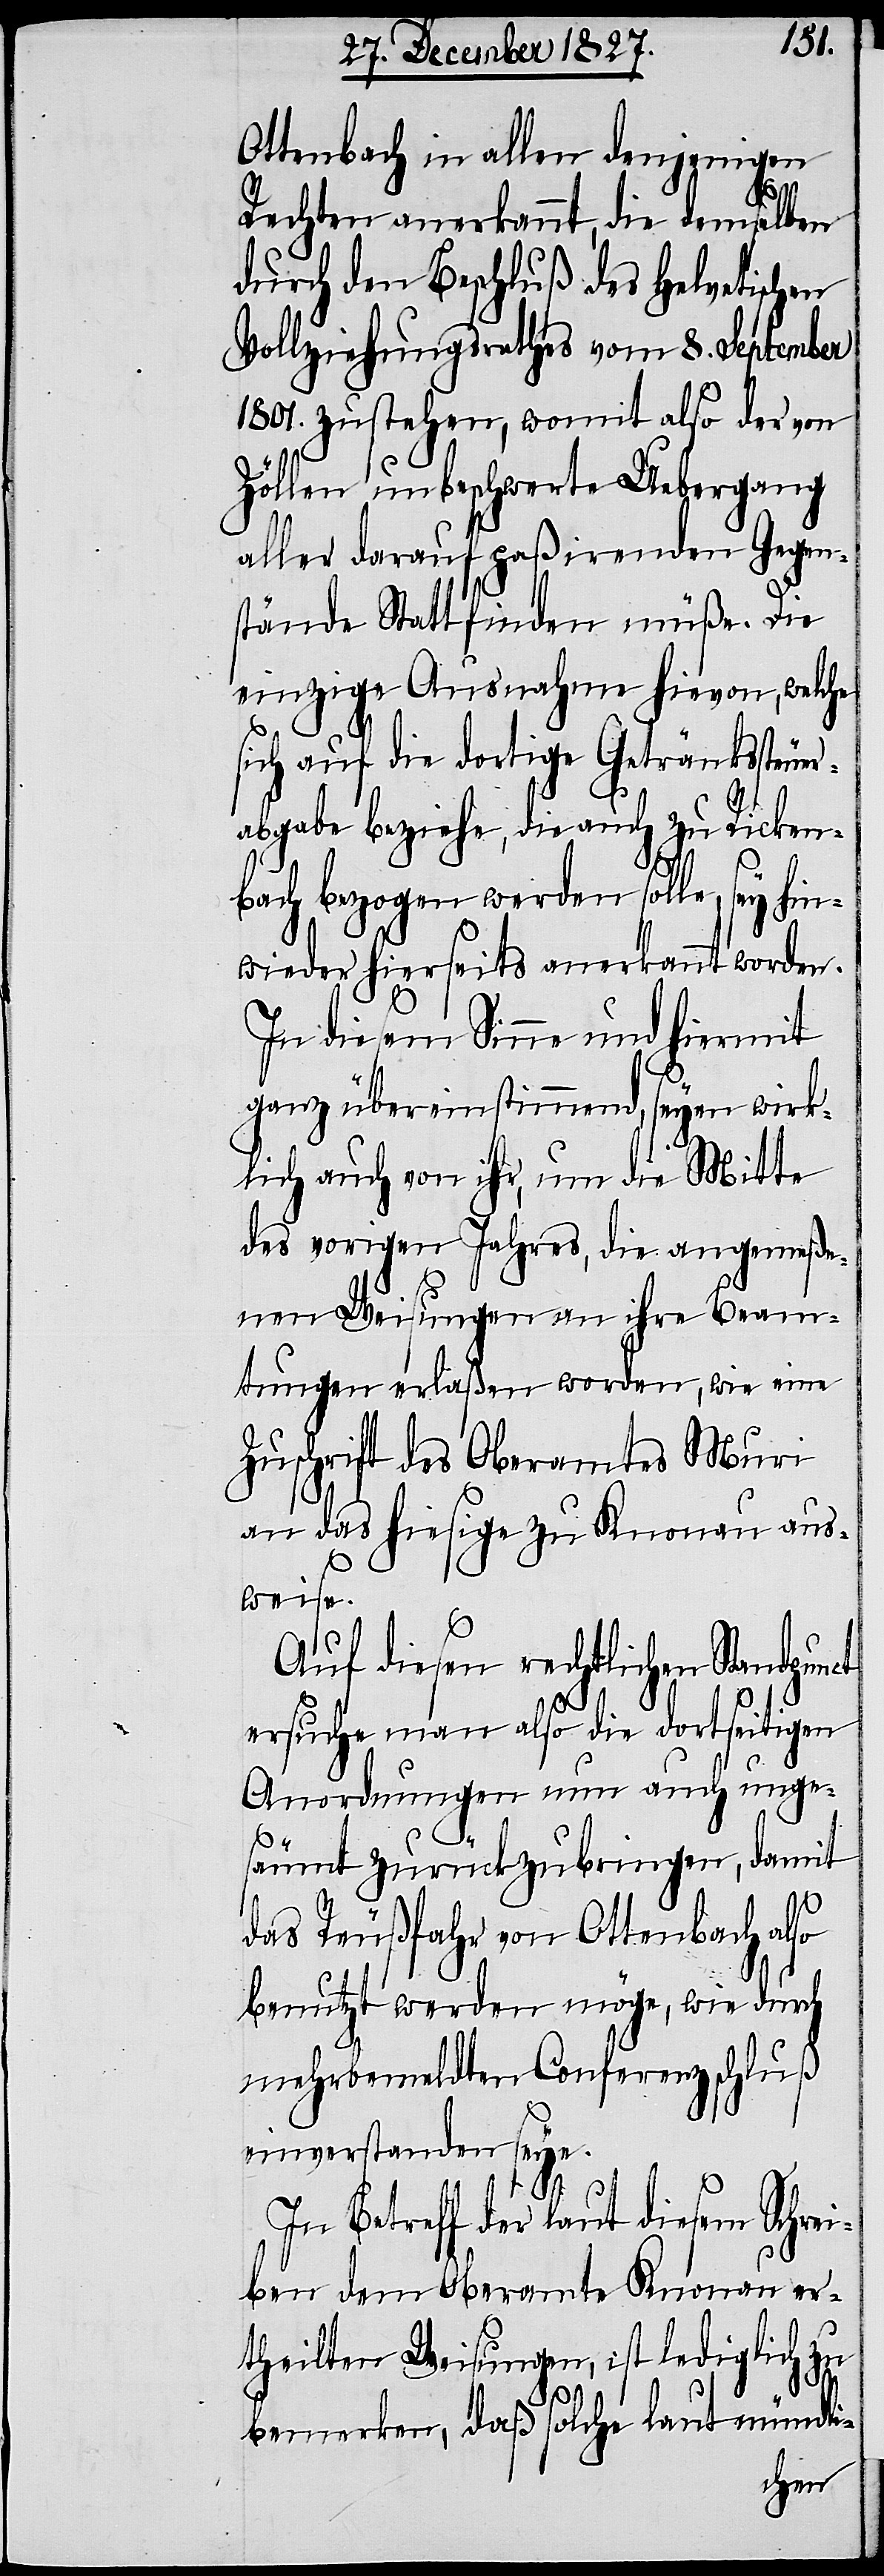
Ottenbach in allen denjenigen
Rechten anerkannt, die demselben
durch den Beschluß des Helvetischen
Vollziehungsrathes vom 8. September
1801. zustehen, womit also der von
Zöllen unbeschwerte Uebergang
aller darauf paßirenden Gegen¬
stände Stattfinden müße. Die
einzige Ausnahme hievon, welche
sich auf die dortige Getränksteuer¬
abgabe beziehe, die auch zu Ricken¬
bach bezogen werden solle, sey hi¬
nwieder hierseits anerkannt worden.
In diesem Sinne und hiermit
ganz übereinstimmend, seyen wirk¬
lich auch von ihr, um die Mitte
des vorigen Jahres, die angemeße¬
nen Weisungen an ihre Beam¬
tungen erlaßen worden, wie eine
Zuschrift des Oberamtes Muri
an das hiesige zu Knonau aus¬
weise.
Auf diesen rechtlichen Standpunct
ersuche man also die dortseitigen
Anordnungen nun auch unge¬
säumt zurückzubringen, damit
das Reußfahr von Ottenbach also
benutzt werden möge, wie durch
mehrbemeldten Conferenzschluß
einverstanden seye.
In Betreff der laut diesem Schrei¬
ben dem Oberamte Knonau er¬
theilten Weisungen, ist lediglich zu
bemerken, daß solche laut mündli-